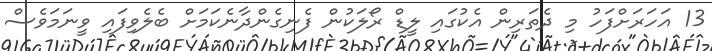
13 އަހަރަށްފަހު މި ދެތަރިން އެކުގައި ލީޑް ރޯލަކުން ފެނިގެންދާނެކަމަށް ބެލެވިފައި ވީނަމަވެސް